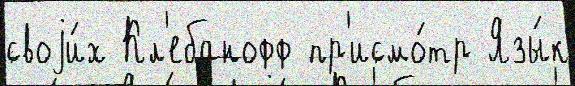
своjи́х Кл'ебанофф пр'исмо́тр Язы́к